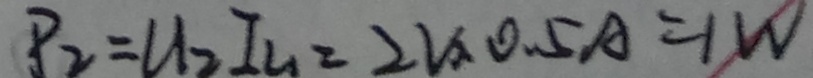
P _ { 2 } = U _ { 2 } I _ { 2 . } = 2 V _ { x } 0 . 5 A = 1 W